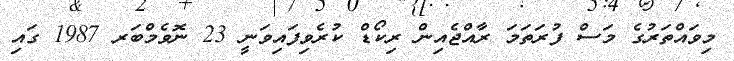
މިވައްތަރުގެ މަސް ފުރަތަމަ ރާއްޖެއިން ރިކޯޑް ކުރެވިފައިވަނީ 23 ނޮވެމްބަރ 1987 ގައި